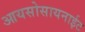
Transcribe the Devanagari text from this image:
आयसोसायनाईट